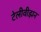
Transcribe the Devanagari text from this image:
टेलीवीझन